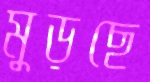
মুড়ছে